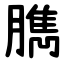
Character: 臇